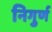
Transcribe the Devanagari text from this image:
निगुर्ण